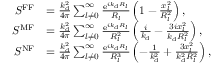
\begin{array} { r l } { S ^ { \mathrm { F F } } } & { = \frac { k _ { \mathrm { d } } ^ { 2 } } { 4 \pi } \sum _ { l \neq 0 } ^ { \infty } \frac { \mathrm { e } ^ { i k _ { \mathrm { d } } R _ { l } } } { R _ { l } } \left( 1 - \frac { x _ { l } ^ { 2 } } { R _ { l } ^ { 2 } } \right) , } \\ { S ^ { \mathrm { M F } } } & { = \frac { k _ { \mathrm { d } } ^ { 2 } } { 4 \pi } \sum _ { l \neq 0 } ^ { \infty } \frac { \mathrm { e } ^ { i k _ { \mathrm { d } } R _ { l } } } { R _ { l } ^ { 2 } } \left( \frac { i } { k _ { \mathrm { d } } } - \frac { 3 i x _ { l } ^ { 2 } } { k _ { \mathrm { d } } R _ { l } ^ { 2 } } \right) , } \\ { S ^ { \mathrm { N F } } } & { = \frac { k _ { \mathrm { d } } ^ { 2 } } { 4 \pi } \sum _ { l \neq 0 } ^ { \infty } \frac { \mathrm { e } ^ { i k _ { \mathrm { d } } R _ { l } } } { R _ { l } ^ { 3 } } \left( - \frac { 1 } { k _ { \mathrm { d } } ^ { 2 } } + \frac { 3 x _ { l } ^ { 2 } } { k _ { \mathrm { d } } ^ { 2 } R _ { l } ^ { 2 } } \right) , } \end{array}